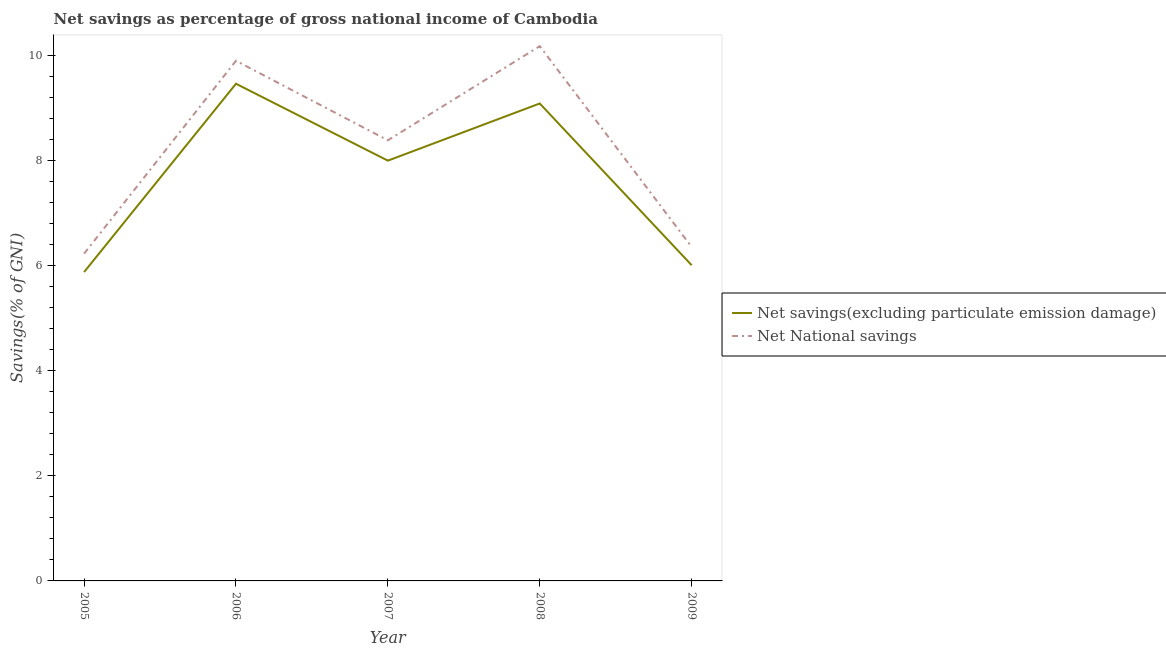
| Year | Net savings(excluding particulate emission damage) | Net National savings |
 | --- | --- | --- |
 | 2005 | 5.88 | 6.23 |
 | 2006 | 9.46 | 9.9 |
 | 2007 | 8 | 8.39 |
 | 2008 | 9.09 | 10.2 |
 | 2009 | 6.01 | 6.36 |